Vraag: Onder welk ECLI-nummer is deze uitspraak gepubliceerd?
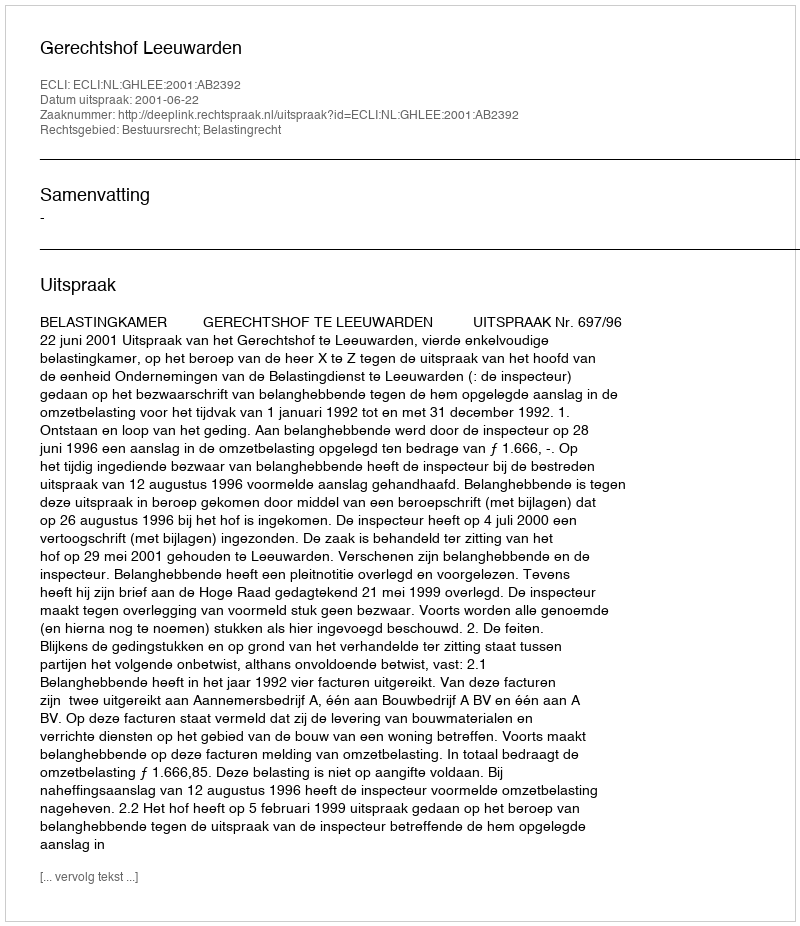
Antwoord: ECLI:NL:GHLEE:2001:AB2392